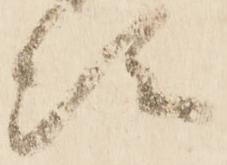
次